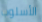
الأسلوب